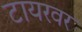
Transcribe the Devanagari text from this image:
टायरवर